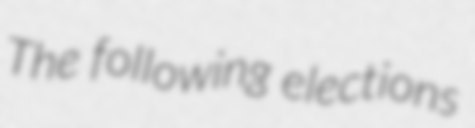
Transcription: The following elections